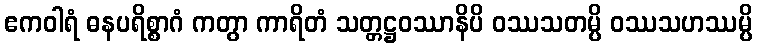
ဧကဝါရံ ဓနပရိစ္စာဂံ ကတွာ ကာရိတံ သတ္တဋ္ဌဝဿာနိပိ ဝဿသတမ္ပိ ဝဿသဟဿမ္ပိ